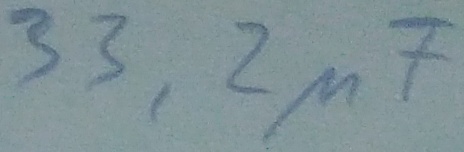
Text: 33,2µF